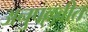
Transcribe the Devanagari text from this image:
अनुपल्लवीत